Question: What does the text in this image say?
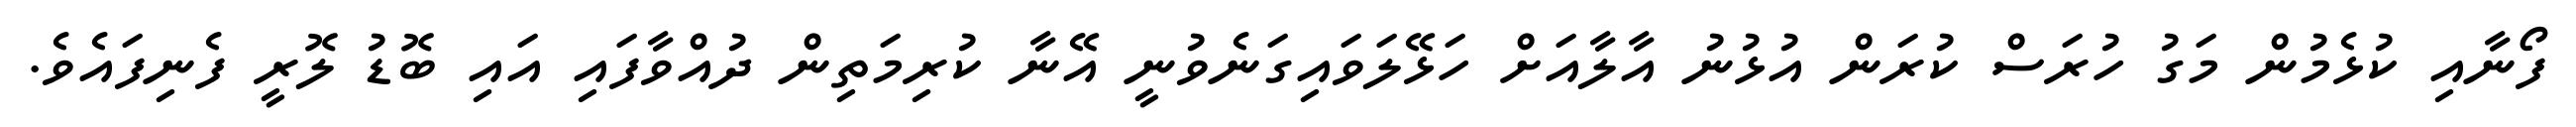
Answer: ފޯނާއި ކުޅެމުން މަގު ހުރަސް ކުރަން އުޅުނު އާލާއަށް ހަޅޭލަވައިގަނެވުނީ އޭނާ ކުރިމަތިން ދުއްވާފައި އައި ބޮޑު ލޮރީ ފެނިފައެވެ.